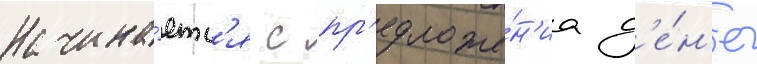
Начина́етс'я с пр'едложе́н'иа д'е́н'ег